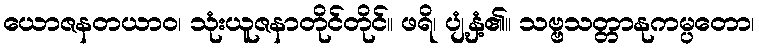
ယောဇနတယာဝ၊ သုံးယူဇနာတိုင်တိုင်။ ဖရိ၊ ပျံ့နှံ့၏။ သဗ္ဗသတ္တာနုကမ္ပတော၊